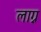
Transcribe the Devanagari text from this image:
लाग्न